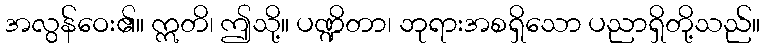
အလွန်ဝေး၏။ ဣတိ၊ ဤသို့။ ပဏ္ဍိတာ၊ ဘုရားအစရှိသော ပညာရှိတို့သည်။